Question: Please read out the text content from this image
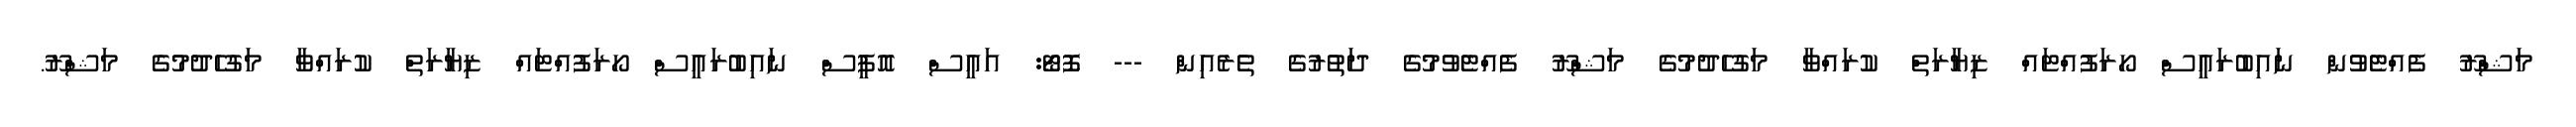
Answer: މަޝްރޫ ފެއްޓެވުން ނައިބުރައީސް ހޯރަފުއްޓައް ޒިޔާރަތް ކުރައްވާ މަގުހެދުމުގެ މަޝްރޫ ފެއްޓެވުމުގެ ދަތުރުގެ ތެރެއިން --- ފޮޓޯ: އައީސް އޮފީސް ނައިބުރައީސް ހޯރަފުއްޓައް ޒިޔާރަތް ކުރައްވާ މަގުހެދުމުގެ މަޝްރޫ.